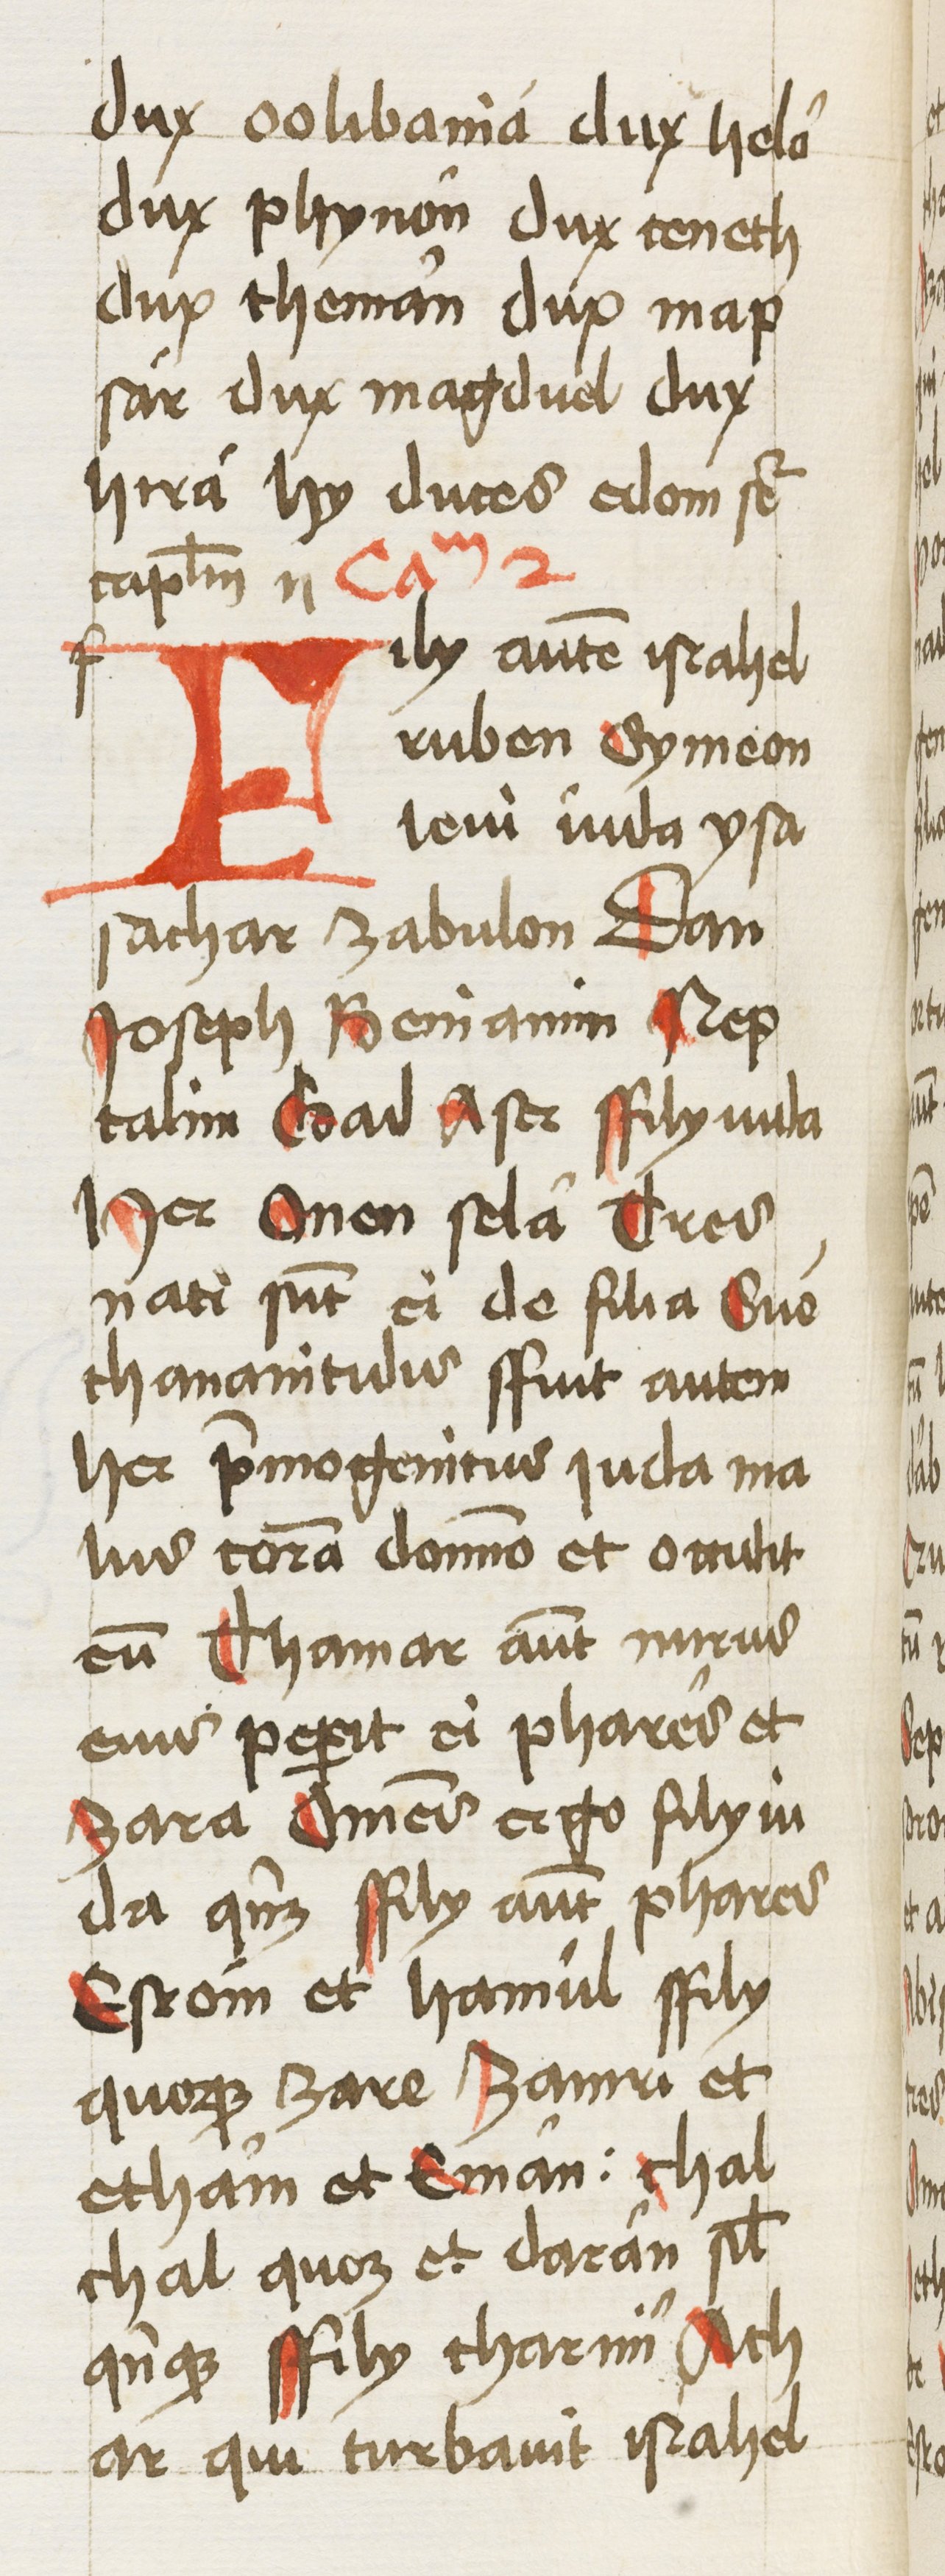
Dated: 1460–1462